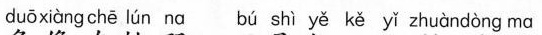
duōxiàngchē lún nα bú shì yě kě yǐ zhuàndòng mα